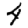
Digit: 4